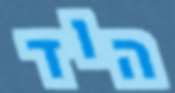
הוד